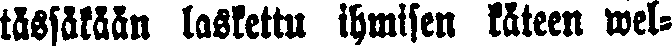
tässäkään laskettu ihmisen käteen wel-